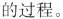
的过程。